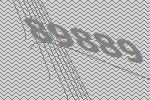
89889